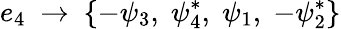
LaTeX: {e_{4}}~\rightarrow~\{ -\psi_{3},\; \psi_{4}^{*},\; \psi_{1},\; -\psi_{2}^{*}\}